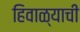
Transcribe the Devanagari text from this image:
हिवाळ्याची